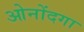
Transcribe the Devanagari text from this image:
ओनोंदगा